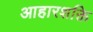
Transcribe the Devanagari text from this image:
आहारशक्ति